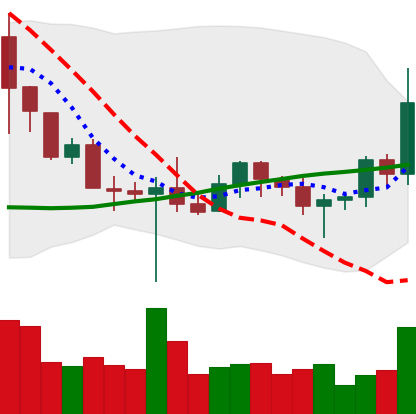
Ticker: BNB-USD
Chart end date: 2022-10-25
Forward return: 10.309%
Label: up_7plus